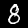
Digit: 8